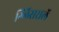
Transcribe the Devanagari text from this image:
ग्लिसरालॅ